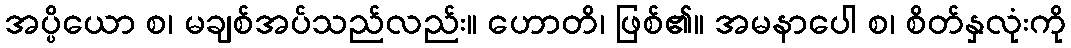
အပ္ပိယော စ၊ မချစ်အပ်သည်လည်း။ ဟောတိ၊ ဖြစ်၏။ အမနာပေါ စ၊ စိတ်နှလုံးကို